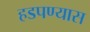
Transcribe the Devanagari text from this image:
हडपण्यास